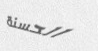
الحسنة